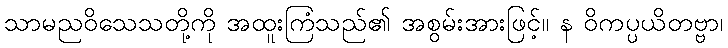
သာမညဝိသေသတို့ကို အထူးကြံသည်၏ အစွမ်းအားဖြင့်။ န ဝိကပ္ပယိတဗ္ဗာ၊